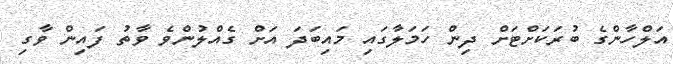
އަލްހާންގެ ބުރަކަށްޓަށް ދިން ހަމަލާގައި މައިބަދަ އަށް ގެއްލުންވެ ވާތު ފައިން ވާގި